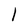
Character: I